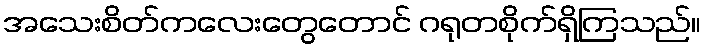
အသေးစိတ်ကလေးတွေတောင် ဂရုတစိုက်ရှိကြသည်။